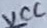
Text: VCC